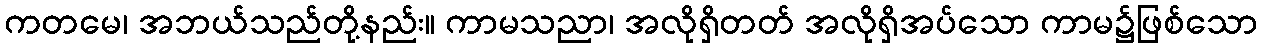
ကတမေ၊ အဘယ်သည်တို့နည်း။ ကာမသညာ၊ အလိုရှိတတ် အလိုရှိအပ်သော ကာမ၌ဖြစ်သော